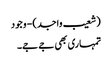
(شعیب واجد) - وجود
تمہاری بھی جے جے۔